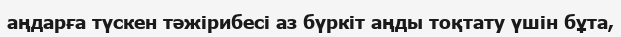
аңдарға түскен тәжірибесі аз бүркіт аңды тоқтату үшін бұта,